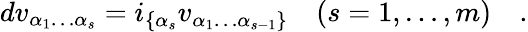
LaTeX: dv_{\alpha_{1}\dots\alpha_{s}}=i_{\{ \alpha_{s}}v_{\alpha_{1}\dots\alpha_{s-1}\} }\quad(s=1,\dots,m)\quad.